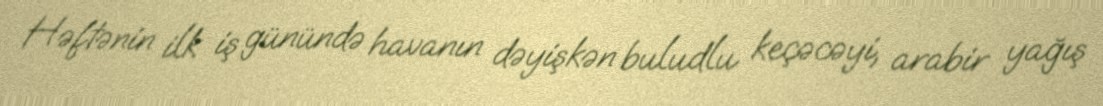
Həftənin ilk iş günündə havanın dəyişkən buludlu keçəcəyi, arabir yağış